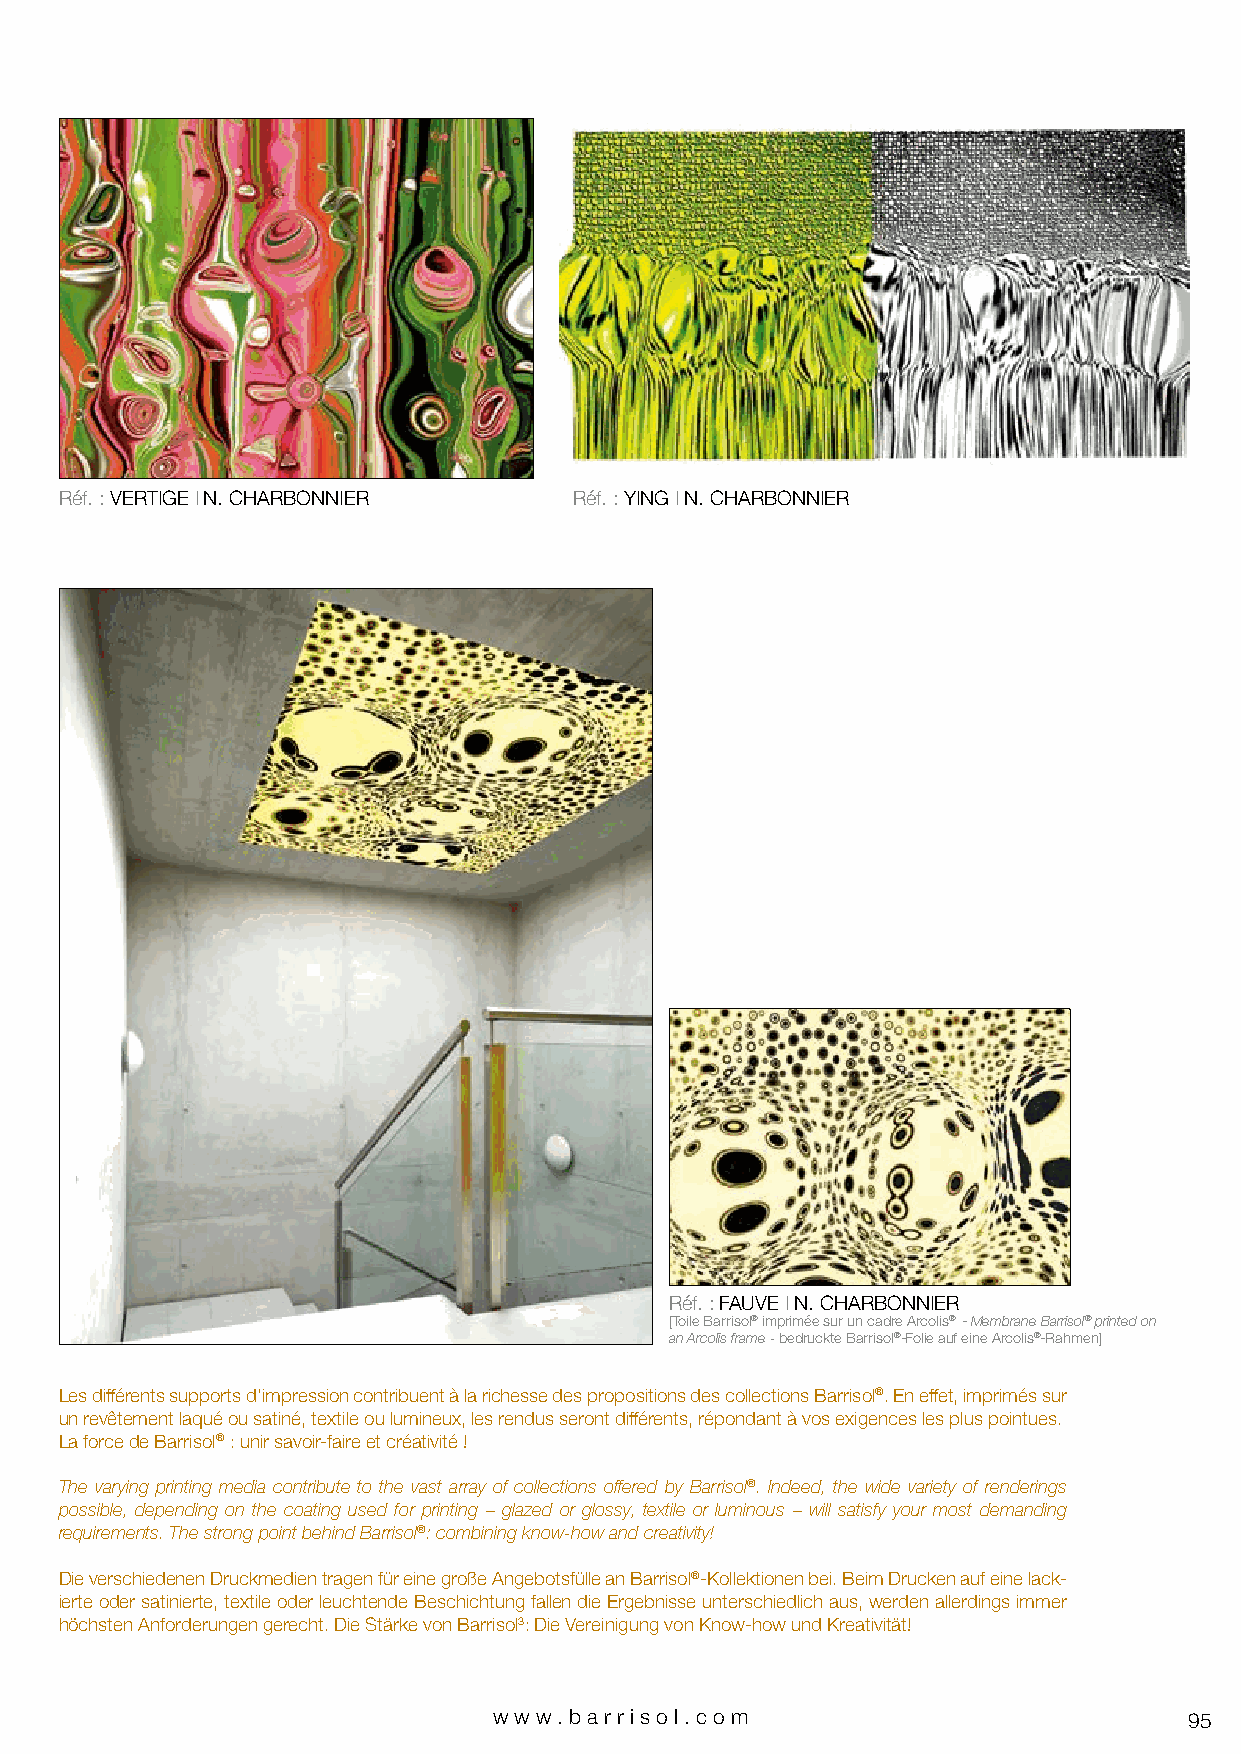
Réf. : VERTIGE I N. CHARBONNIER   Réf. : YING I N. CHARBONNIER
 Réf. : FAUVE I N. CHARBONNIER
 [Toile Barrisol® imprimée sur un cadre Arcolis® - Membrane Barrisol® printed on
 an Arcolis frame - bedruckte Barrisol®-Folie auf eine Arcolis®-Rahmen]
 Les différents supports d’impression contribuent à la richesse des propositions des collections Barrisol®. En effet, imprimés sur
 un revêtement laqué ou satiné, textile ou lumineux, les rendus seront différents, répondant à vos exigences les plus pointues.
 La force de Barrisol® : unir savoir-faire et créativité !
 The varying printing media contribute to the vast array of collections offered by Barrisol®. Indeed, the wide variety of renderings
 possible, depending on the coating used for printing – glazed or glossy, textile or luminous – will satisfy your most demanding
 requirements. The strong point behind Barrisol®: combining know-how and creativity!
 Die verschiedenen Druckmedien tragen für eine große Angebotsfülle an Barrisol®-Kollektionen bei. Beim Drucken auf eine lack-
 ierte oder satinierte, textile oder leuchtende Beschichtung fallen die Ergebnisse unterschiedlich aus, werden allerdings immer
 höchsten Anforderungen gerecht. Die Stärke von Barrisol3: Die Vereinigung von Know-how und Kreativität!
 www.bar riso l. com                           95